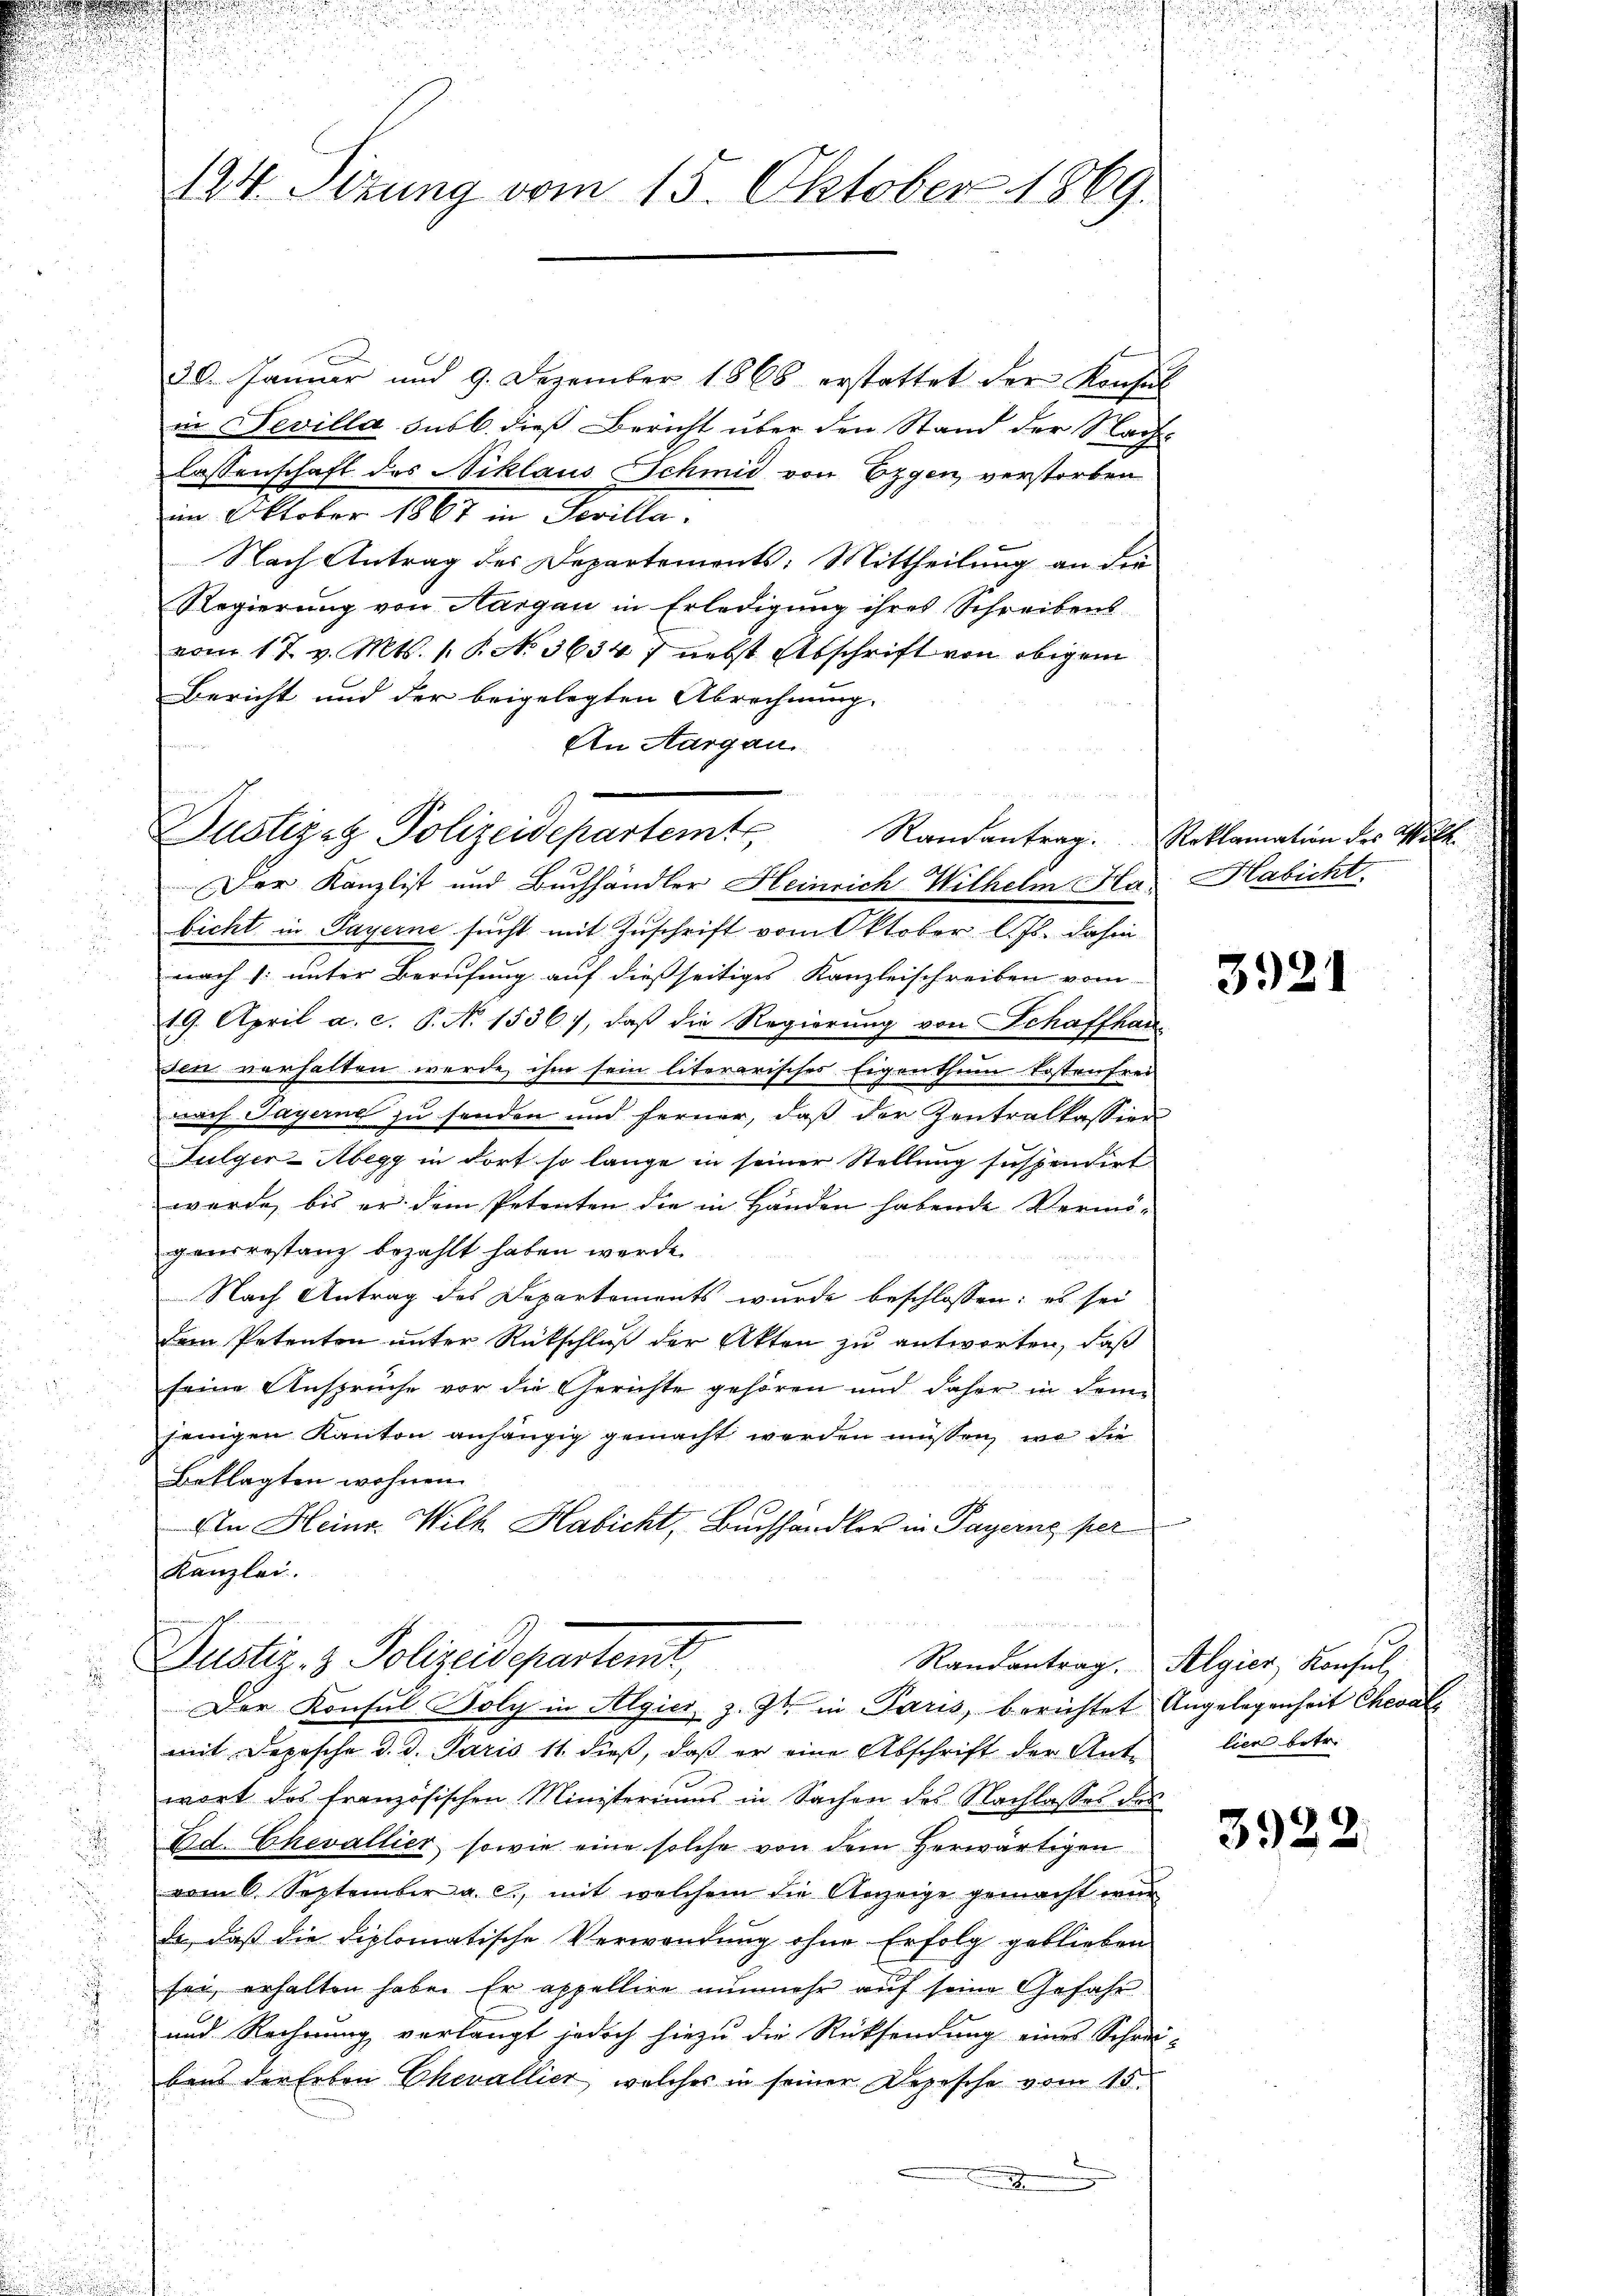
124. Sizung vom 15. Oktober 1869.

30. Januar und 9. Dezember 1868 erstattet der Konsul
in Sevilla sub 6. dieß Bericht über den Stand der Nach-
lassenschaft des Niklaus Schmid von Eggen verstorben
im Oktober 1861 in Falle.
Nach Antrag des Departemonts: Mittheilung an die
Regierung von Aargau in Erledigung ihres Schreibens
vom 17. v. Mts. 1 P. No 36347 nebst Abschrift von obigem
Bericht und der beigelegten Abrechnung.
An Aargau.
Der Kanzlist und Buchhändler Heinrich Wilhelm Ha Habicht
bicht in Payerne sucht mit Zuschrift vom Oktober l. Js. dahin
nach 1. unter Berufung auf dießseitiges Kanzleischreiben vom
19. April a. c. P. No. 1536), daß die Regierung von Schaffhau
den vorhalten werde, ihm sein literarisches Eigenthum Kostenfrei
nach Payerne zu senden und ferner, daß der Zentralkassion
Fulger-Abegg in dort so lange in seiner Stellung suspendirt
wurde, bis er dem Petenten die in Händen habende Vermögenrestanz bezahlt haben werde
Nach Antrag des Departements wurde beschlossen: es sei
Dem Petenten unter Rückschluß der Akten zu antworten, daß
seine Ansprüche vor die Gerichte gehören und daher in dem
jenigen Kanton anhängig gemacht werden müssen, wo die
Beklagten wohnen.
An Heinr. Wilk Habicht, Buchhandler in Payerne per
Kanzlei.
u
Justiz- & Polizeidepartemt,
Randantrag. Algier, Konsul,
Der Konsul Boly in Algier z. Zt. in Paris, berichtet Angelegenheit Cheval
d
mit Depesche d. d. Paris 11 dieß, daß er eine Abschrift der Ant-
wort das französischen Ministeriums in Sachen des Nachlasses des
 ad. Chevallier, sowie eine solche von dem herwärtigen
vom 6. September a. c., mit welchem die Anzeige gemacht werd
Da daß die Diplomatische Verwendung ohne Erfolg geblieben
sei erhalten habe. Er appellire nunmehr auf seine Gefahr
und Rechnung verlangt jedoch hiezu die Rücksendung eines Schrei-
d
bens der Erben Chevallier, welches in seiner Depesche vom 15.
u

n
Justiz & Polizeidepartem Randantrag. Reklamation des Attile.

3921

lier betr.

3922